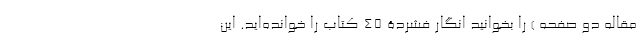
مقاله دو صفحه ) را بخوانید انگار فشردۀ 45 کتاب را خوانده‌اید. این